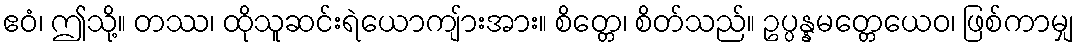
ဧဝံ၊ ဤသို့။ တဿ၊ ထိုသူဆင်းရဲယောကျ်ားအား။ စိတ္တေ၊ စိတ်သည်။ ဥပ္ပန္နမတ္တေယေဝ၊ ဖြစ်ကာမျှ